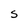
Character: S